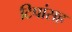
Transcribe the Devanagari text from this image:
टिपांसह